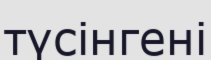
түсінгені